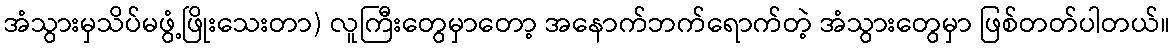
အံသွားမှသိပ်မဖွံ့ဖြိုးသေးတာ) လူကြီးတွေမှာတော့ အနောက်ဘက်ရောက်တဲ့ အံသွားတွေမှာ ဖြစ်တတ်ပါတယ်။